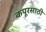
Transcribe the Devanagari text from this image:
कपूरसाठी